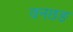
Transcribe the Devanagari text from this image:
वनछङ